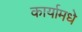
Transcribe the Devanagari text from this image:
कार्यामधे